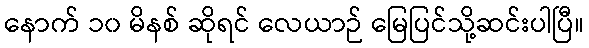
နောက် ၁၀ မိနစ် ဆိုရင် လေယာဉ် မြေပြင်သို့ဆင်းပါပြီ။